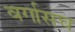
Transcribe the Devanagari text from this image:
वर्गासच